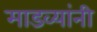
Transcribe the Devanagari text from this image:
माडव्यांनी